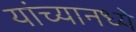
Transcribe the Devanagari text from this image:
यांच्यानध्ये